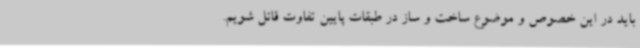
باید در این خصوص و موضوع ساخت و ساز در طبقات پایین تفاوت قائل شویم.